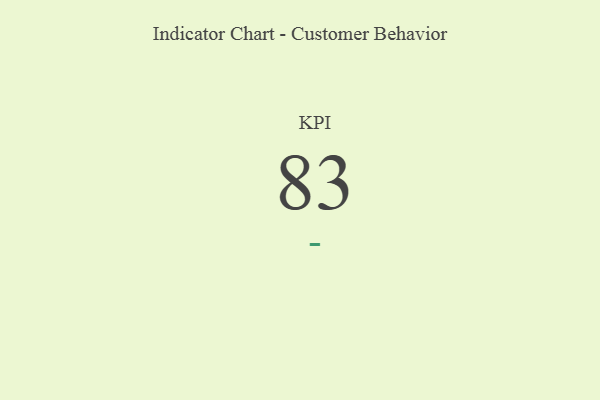
{"axis": {"x": "KPI", "y": "Value"}, "legend": [""], "data": [{"x": "KPI", "y": 83, "type": ""}]}